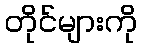
တိုင်များကို